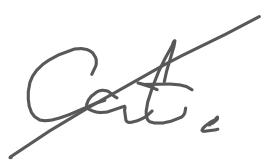
Text: cat.
Cross-out: diagonal
Writing tool: digital_gray